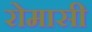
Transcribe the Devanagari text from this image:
रोमासी